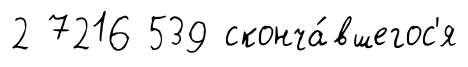
2 7216 539 сконча́вшегос'я